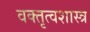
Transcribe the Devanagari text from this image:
वक्‍तृत्वशास्त्र